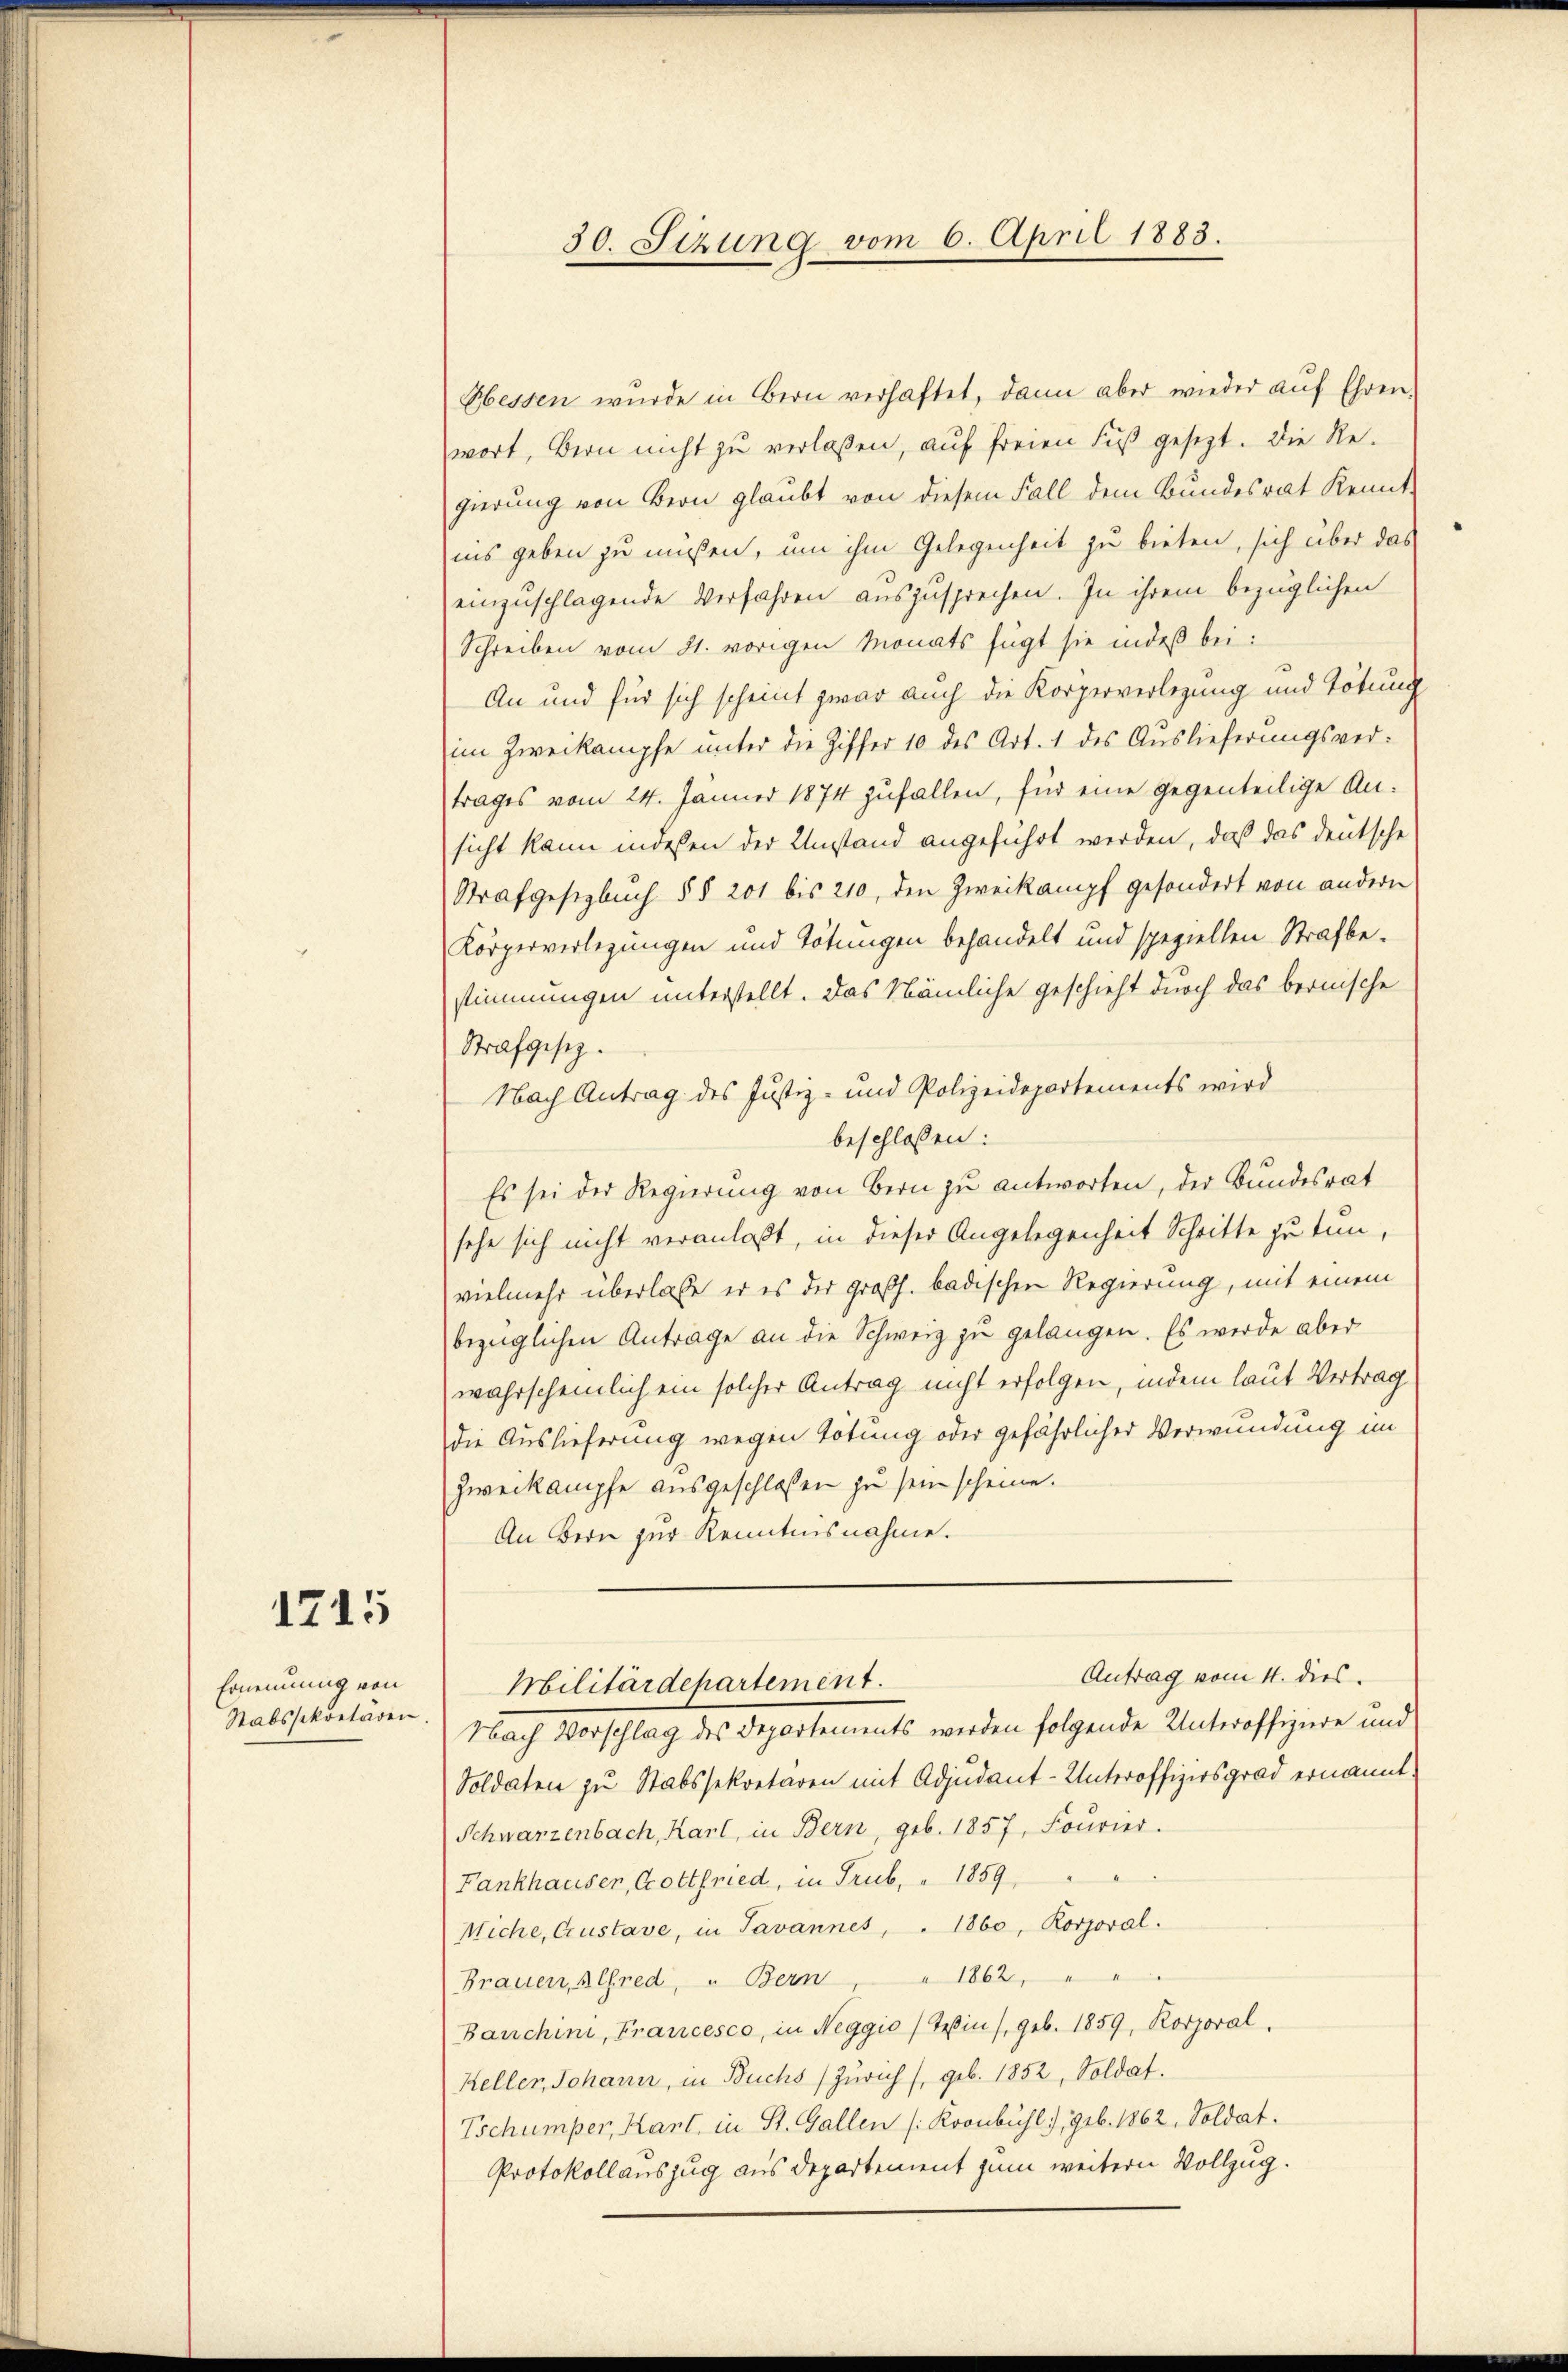
1715

Ernennung von
Stabssekretären.

30. Sizung vom 6. April 1883.

Hbessen wŭrde in Bern verhaftet, dann aber wieder aŭf Ehren.
wort, Bern nicht zu verlassen, auf freien Fuß gesetzt. Die Regierung von Bern glaubt von diesem Fall dem Bundesrat Kenntiis geben zu müßen, um ihm Gelegenheit zu bieten, sich über das
einzuschlagende Verfahren auszusprechen. In ihrem bezüglichen
Schreiben vom 21. vorigen Monats fügt sie indeß bei:
An und für sich scheint zwar auch die Körperverlegung und Tötung
im Zweikampfe unter die Ziffer 10 des Art. 1 des Auslieferungsver-
trages vom 24. Jänner 1874 zufallen, für eine gegenteilige Ansicht kann indeßen der Umstand angeführt werden, daß das deutsche
Strafgesetzbuch §§ 201 bis 210, den Zweikampf gesondert von andern
Körperverlegungen und Tötungen behandelt und speziellen Strafbestimmungen unterstellt. Das Nämliche geschieht durch das bernische
Strafgesetz.
Nach Antrag des Justiz- und Polizeidepartements wird
beschlossen:
Es sei der Regierung von Bern zu antworten, der Bundesrat
sehe sich nicht veranlaßt, in dieser Angelegenheit Schritte zu tun,
vielmehr überlasse er es der großh. badischen Regierung, mit einem
bezüglichen Antrage an die Schweiz zu gelangen. Es werde aber
wahrscheinlich ein solcher Antrag nicht erfolgen, indem laut Vertrag
die Auslieferung wegen Totung oder gefährlicher Verwundung im
Zweikampfe ausgeschlossen zu sein scheine.
An Bern zur Kenntnisnahme.
Antrag vom 4. dies
Militärdepartement.
Nach Vorschlag des Departements werden folgende Unteroffiziere und
Soldaten zu Stabssekretären mit Adjudant-Unteroffizirsgrad ernannt.
Schwarzenbach, Karl, in Bern, geb. 1857, Fourier.
Fankhauser, Gottfried, in Trub, " 1859
Wiche, Crustave, in Javannes, " 1860, Korporal.
Brauen, Alfred, " Bern, " 1862, " " "
Bauchini, Francesco, in Neggio) Teßin, geb. 1859, Korporal.
Keller, Johann, in Buchs (Zürich (geb. 1852, Soldat.
Tschumper, Karl, in St. Gallen (Kronbühl), geb. 1862, Soldat.
Protokollauszug aus Departement zum weitern Vollzug.